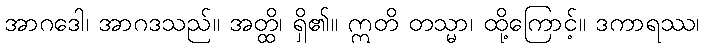
အာဂဒေါ၊ အာဂဒသည်။ အတ္ထိ၊ ရှိ၏။ ဣတိ တသ္မာ၊ ထို့ကြောင့်။ ဒကာရဿ၊